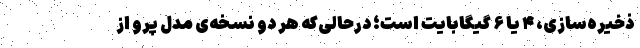
ذخیره‌سازی، ۴ یا ۶ گیگابایت است؛ درحالی‌که هر دو نسخه‌ی مدل پرو از